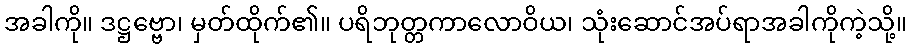
အခါကို။ ဒဋ္ဌဗ္ဗော၊ မှတ်ထိုက်၏။ ပရိဘုတ္တကာလောဝိယ၊ သုံးဆောင်အပ်ရာအခါကိုကဲ့သို့။